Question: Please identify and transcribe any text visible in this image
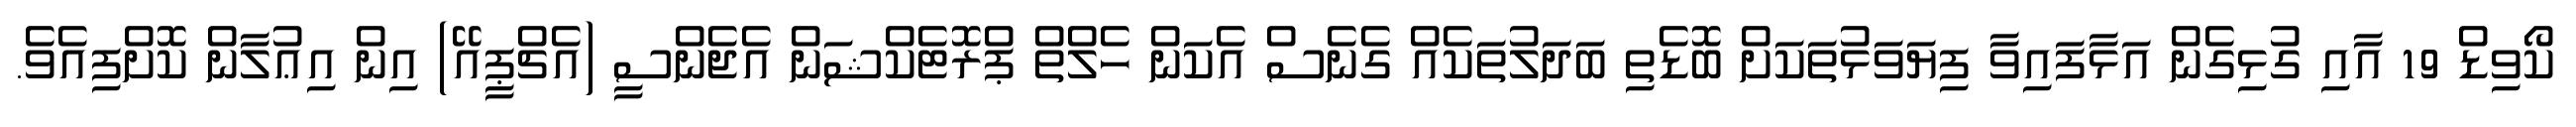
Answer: ކޯވިޑް 19 އާއި ގުޅިގެން އަޅާފައިވާ ފިޔަވަޅުތަކަށް ބޮޑެތި ބަދަލުތަކެއް ގެނެސް އެކަން ހެލްތް ޕްރޮޓެކްޝަން އެޖެންސީ (އެޗްޕީއޭ) އިން އިޢުލާން ކޮށްފިއެވެ.